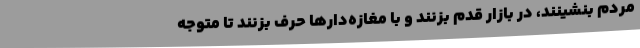
مردم بنشینند، در بازار قدم بزنند و با مغازه‌دارها حرف بزنند تا متوجه